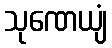
သုဏေယျံ